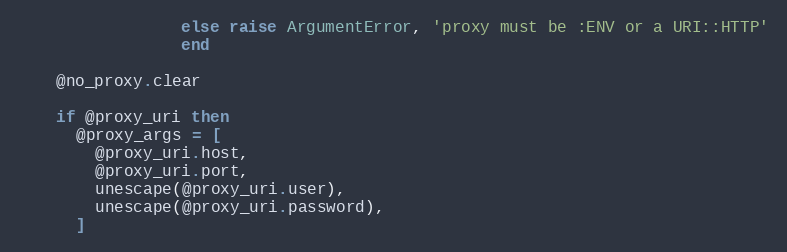
Language: Ruby
                 else raise ArgumentError, 'proxy must be :ENV or a URI::HTTP'
                 end

    @no_proxy.clear

    if @proxy_uri then
      @proxy_args = [
        @proxy_uri.host,
        @proxy_uri.port,
        unescape(@proxy_uri.user),
        unescape(@proxy_uri.password),
      ]